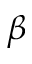
\beta